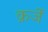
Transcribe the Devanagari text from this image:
क़र्जे